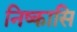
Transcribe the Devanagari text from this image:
निष्कासि